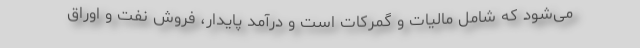
می‌شود که شامل مالیات و گمرکات است و درآمد پایدار، فروش نفت و اوراق